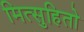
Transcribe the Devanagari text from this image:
मित्सुहितो